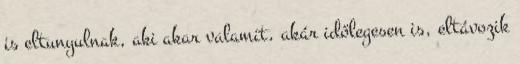
is eltunyulnak, aki akar valamit, akár időlegesen is, eltávozik